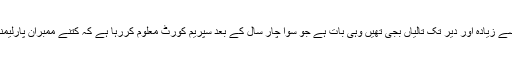
یہ بات ایک وزیراعظم کے لئے کتنی بھاری ہے کہ ان کی تقریر میں جس بات پر سب سے زیادہ اور دیر تک تالیاں بجی تھیں وہی بات ہے جو سوا چار سال کے بعد سپریم کورٹ معلوم کررہا ہے کہ کتنے ممبران پارلیمنٹ و اسمبلی کے خلاف مجرمانہ معاملے زیرالتوا ہیں اور ان معاملوں کا اسٹیٹس کیا ہے؟